Civil Veterinary Department Bihar reports 1936-40 - 1936-1940
Year: 1936
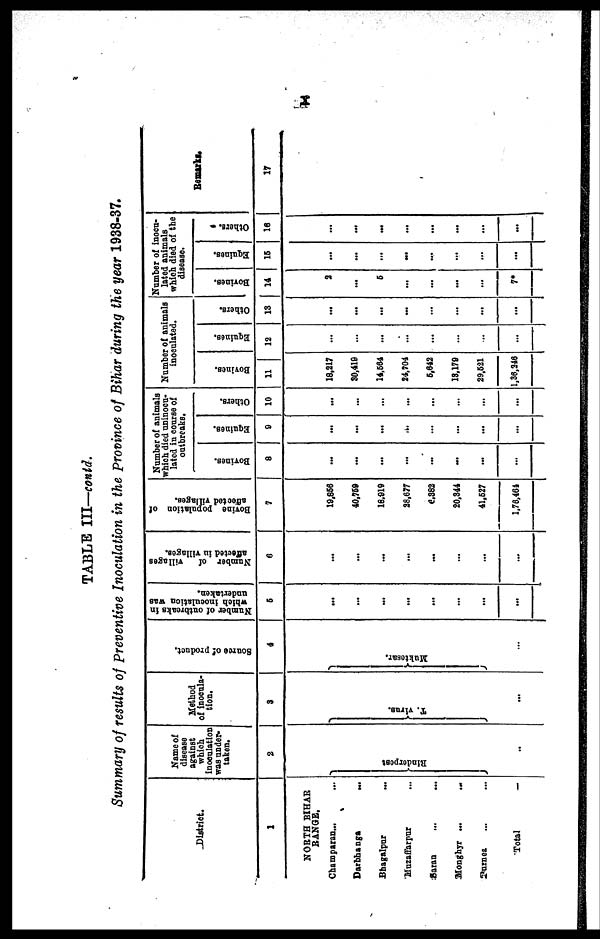
TABLE III—contd.
Summary of results of Preventive Inoculation in the province of Bihar during the year 1938-37.
District.
1
NORTH BIHAR
RANGE.
Champaran... ...
Darbhanga ...
Bhagalpur
...
Muzaffarpur ...
Saran ... ...
Monghyr ...
...
Purnea ... ...
Total
Name of
disease
against
which
inoculation
was under-
taken.
2
Rinderpest
..
Method
of inocula-
tion.
3
T. virus.
...
Source
of product.
4
Mukte s
a r
.
...
Number of outbreaks in
which inoculation was
undertaken.
6
...
...
...
...
...
...
...
...
Number of
villages
affected in villages.
6
...
...
...
...
...
...
...
...
Bovine
population of
affected Tillages.
7
19,856
40,759
18,919
28,677
6,382
20,344
41,627
1.76,464
Number of animals
which died uninocu-
lated in course of
outbreaks.
Bovines.
8
...
...
...
...
...
...
...
…
Equi nes .
9
...
...
...
...
...
...
...
…
Others.
10
...
...
...
...
...
...
...
...
Number of animals
inoculated.
Bovines.
11
18,217
30,419
14,564
24,704
5,642
18,179
29,521
1,36,246
Equines.
12
...
…
...
…
...
…
…
…
Others.
13
...
...
...
...
…
…
...
...
Number of inocu-
lated animals
which died of the
disease.
Bovines.
14
2
...
5
...
...
...
...
7*
Equines.
15
...
...
...
...
...
...
...
...
Others.
16
...
...
...
...
...
...
...
...
Remarks.
17